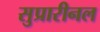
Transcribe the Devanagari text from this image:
सुप्रारीनल